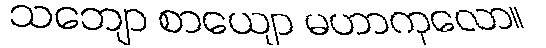
သဘျော စာယျော မဟာကုလော။